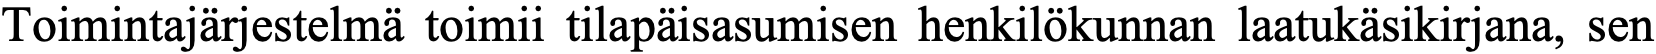
Toimintajärjestelmä toimii tilapäisasumisen henkilökunnan laatukäsikirjana, sen